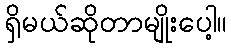
ရှိမယ်ဆိုတာမျိုးပေါ့။